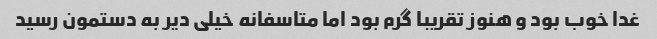
غدا خوب بود و هنوز تقریبا گرم بود اما متاسفانه خیلی دیر به دستمون رسید